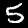
Label: 5